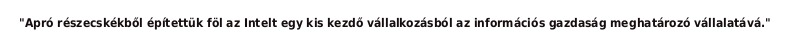
"Apró részecskékből építettük föl az Intelt egy kis kezdő vállalkozásból az információs gazdaság meghatározó vállalatává."